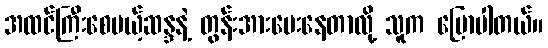
အထင်ကြီးစေမယ့်ဆန္ဒနဲ့ တွန်းအားပေးနေတာလို့ သူက ပြောပါတယ်။